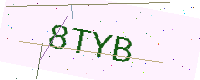
Text: 8TYB